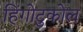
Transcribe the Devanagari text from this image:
हिंगोटुकोल